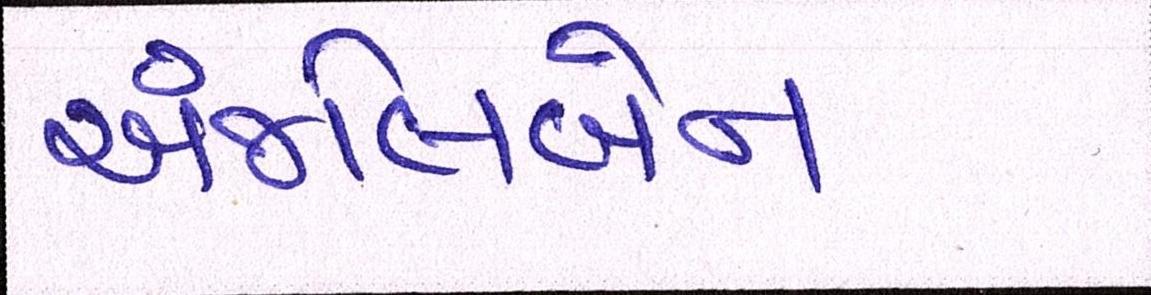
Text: અંજલિબેન